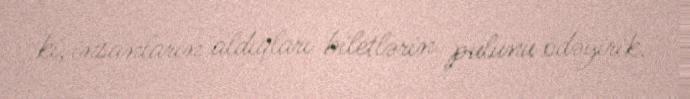
ki, insanların aldıqları biletlərin pulunu ödəyirik.